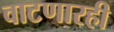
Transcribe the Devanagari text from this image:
वाटणारही